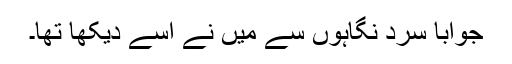
جواباً سرد نگاہوں سے میں نے اسے دیکھا تھا۔